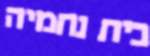
בית נחמיה